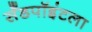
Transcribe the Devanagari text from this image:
सँडपॉइंटला